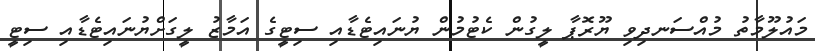
މައުލޫމާތު މުއްސަނދިވި ޔޫރޮޕާ ލީގުން ކެޓުމުން ޔުނައިޓެޑާއި ސިޓީގެ އަމާޒު ލީގަށްޔުނައިޓެޑާއި ސިޓީ